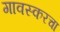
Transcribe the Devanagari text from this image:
गावस्करचा